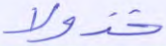
خذولا